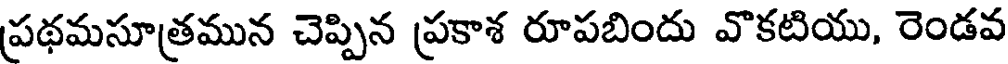
ప్రథమసూత్రమున చెప్పిన ప్రకాశ రూపబిందు వొకటియు, రెండవ